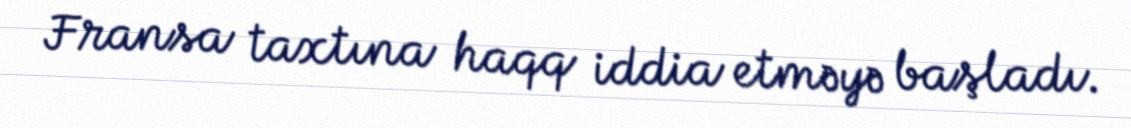
Fransa taxtına haqq iddia etməyə başladı.